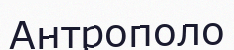
Антрополо